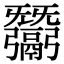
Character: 𢑋